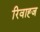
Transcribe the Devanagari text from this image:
रिवाह्ज